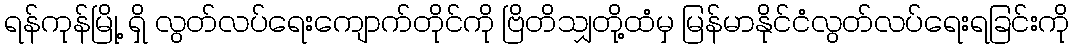
ရန်ကုန်မြို့ ရှိ လွတ်လပ်ရေးကျောက်တိုင်ကို ဗြိတိသျှတို့ထံမှ မြန်မာနိုင်ငံလွတ်လပ်ရေးရခြင်းကို